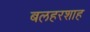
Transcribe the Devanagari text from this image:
बलहरशाह